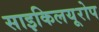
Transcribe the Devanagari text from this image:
साइकिलयूरोप